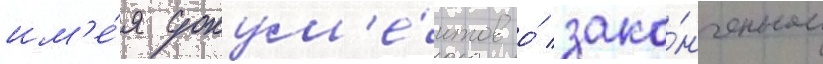
им'е́я докум'е́нтов о́ зако́нченном